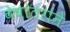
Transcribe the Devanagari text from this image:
वेषांतराने